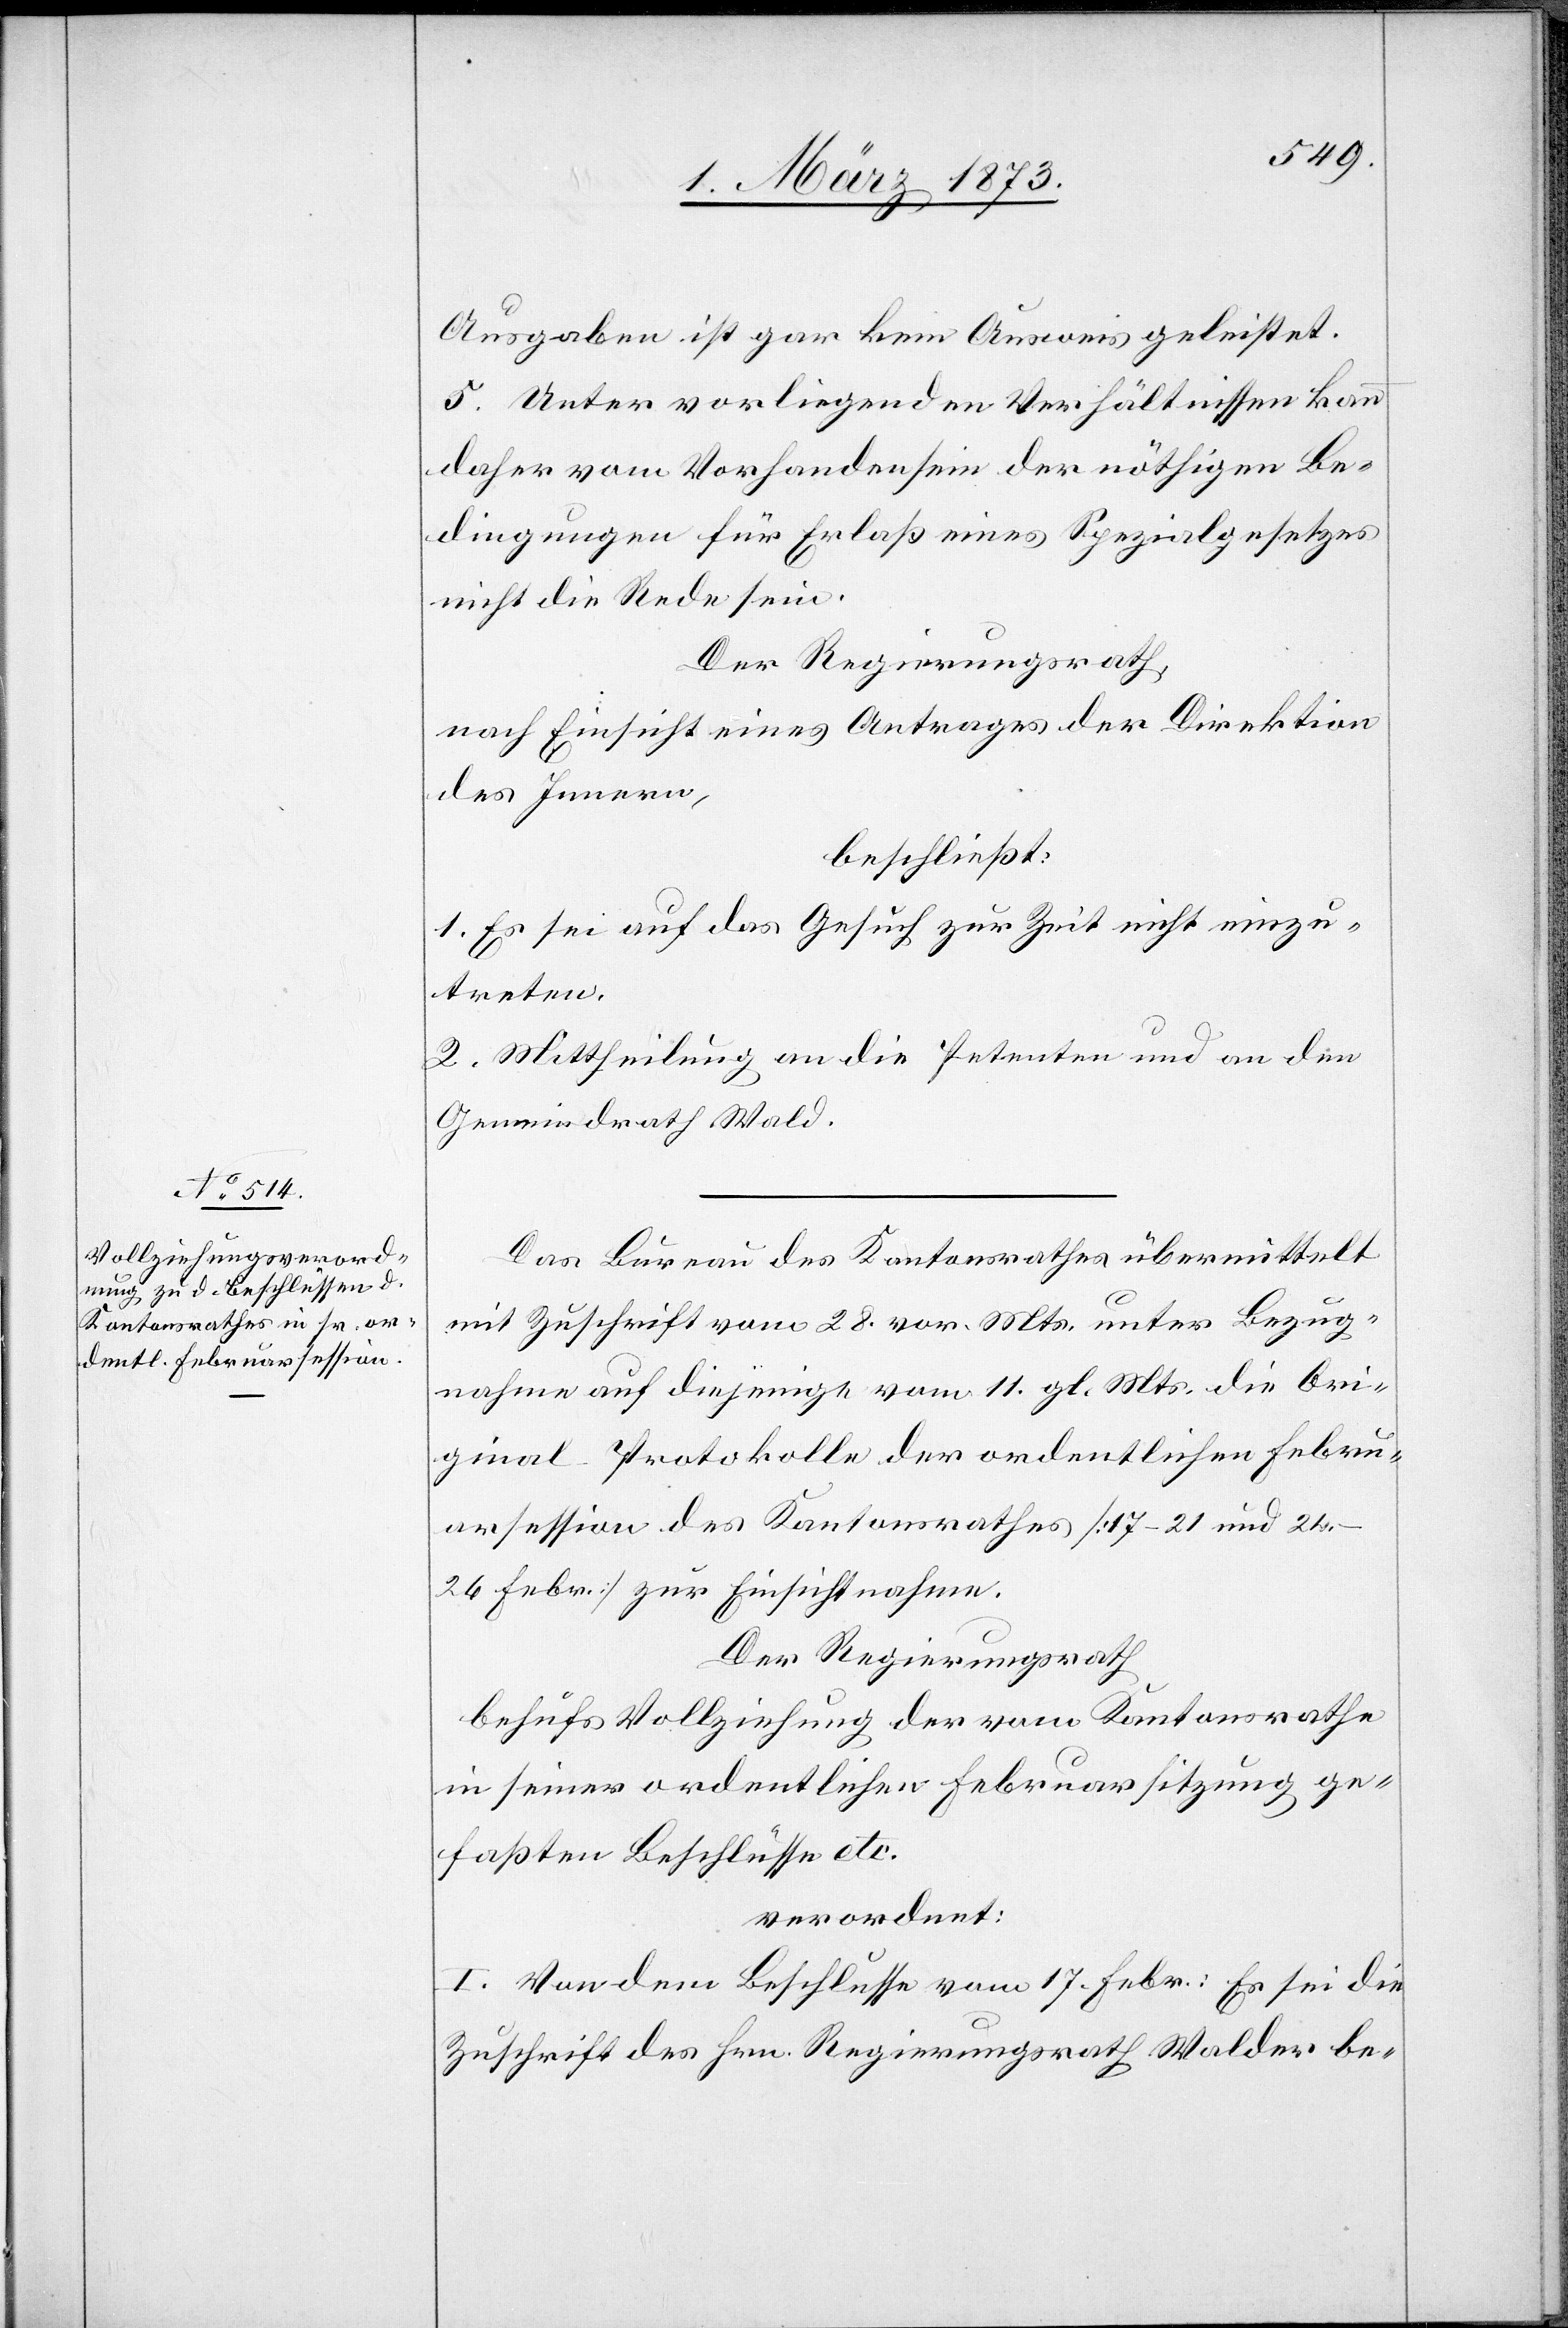
Ausgaben ist gar kein Ausweis geleistet.
5. Unter vorliegenden Verhältnissen kann
daher vom Vorhandensein der nöthigen Be¬
dingungen für Erlaß eines Spezialgesetzes
nicht die Rede sein.
Der Regierungsrath,
nach Einsicht eines Antrages der Direktion
des Innern,
beschließt:
1. Es sei auf das Gesuch zur Zeit nicht einzu¬
treten.
2. Mittheilung an die Petenten und an den
Gemeindrath Wald.
Das Bureau des Kantonsrathes übermittelt
mit Zuschrift vom 28. vor. Mts. unter Bezug¬
nahme auf diejenige vom 11. gl. Mts. die Ori¬
ginal Protokolle der ordentlichen Febru¬
arsession des Kantonsrathes [17–21 und 24.–26
Febr.] zur Einsichtnahme.
Der Regierungsrath
behufs Vollziehung der vom Kantonsrathe
in seiner ordentlichen Februarsitzung ge¬
faßten Beschlüsse etc.
verordnet:
I. Von dem Beschlusse vom 17. Febr.: Es sei die
Zuschrift des Hrn. Regierungsrath Walder be-